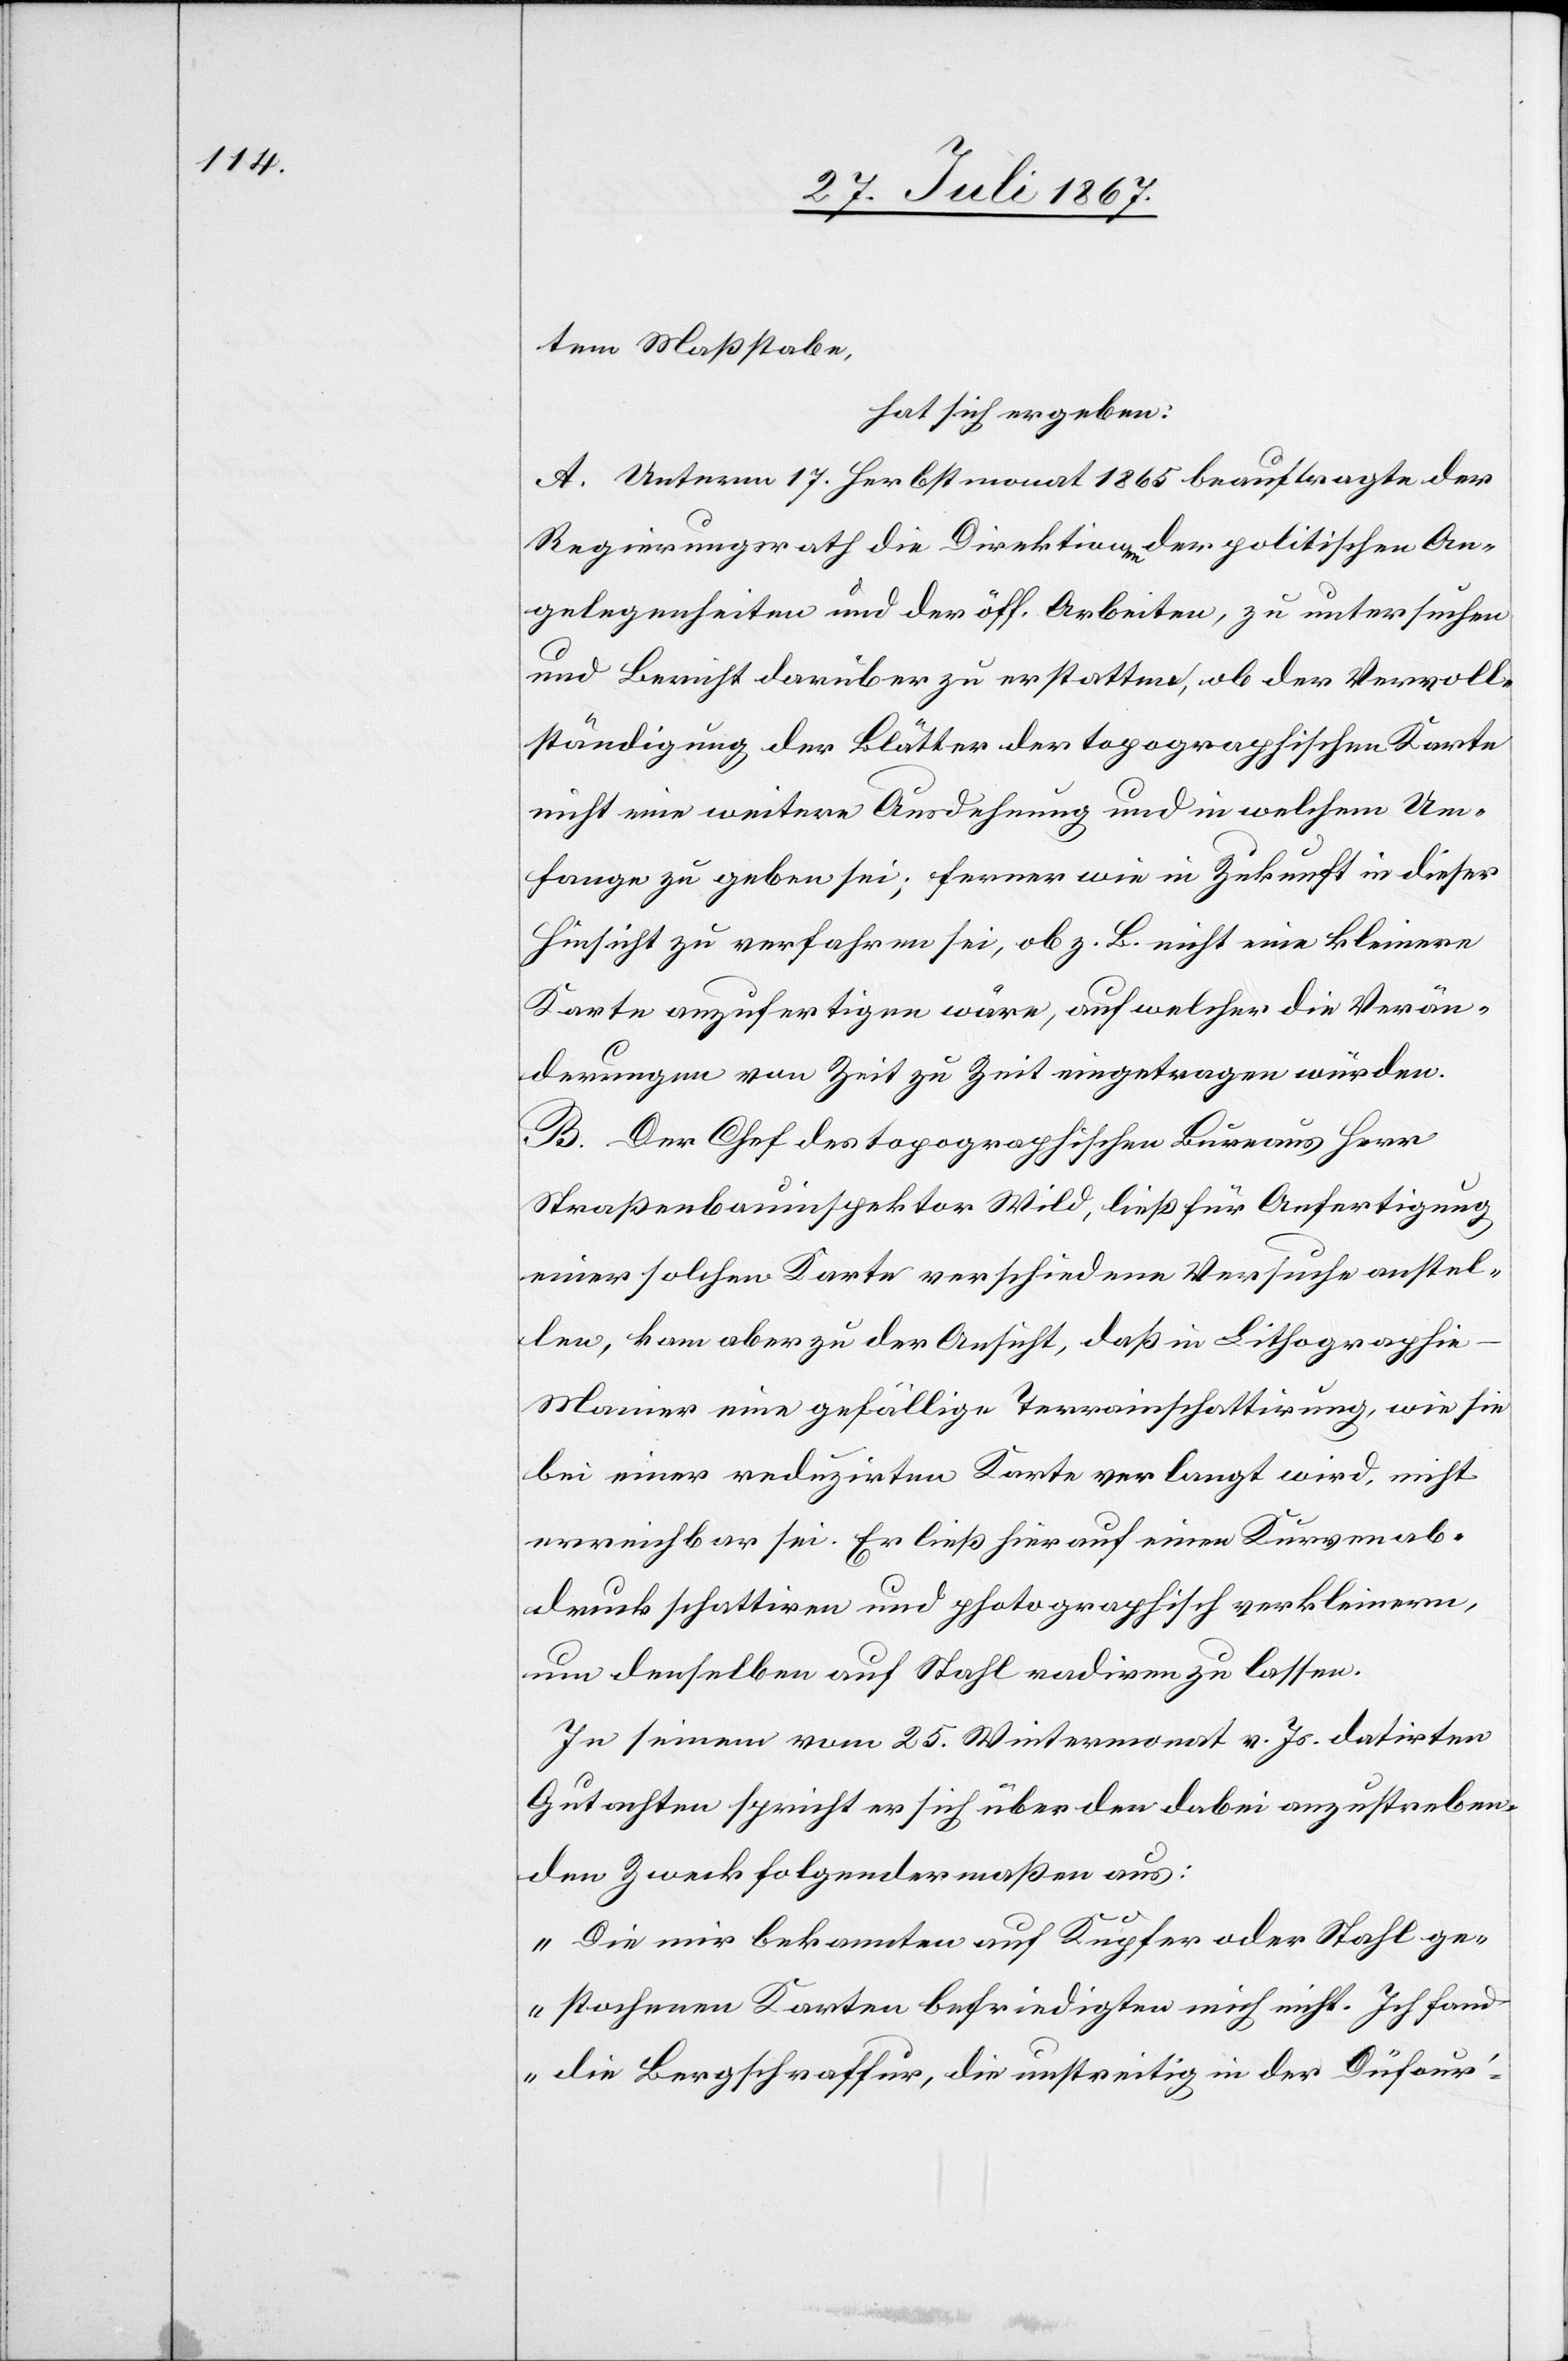
tem Maßstabe,
hat sich ergeben:
A. Unterm 17. Herbstmonat 1865 beauftragte der
Regierungsrath die Direktionen der politischen An¬
gelegenheiten und der öff. Arbeiten, zu untersuchen
und Bericht darüber zu erstatten, ob der Vervoll¬
ständigung der Blätter der topographischen Karte
nicht eine weitere Ausdehnung und in welchem Um¬
fange zu geben sei; ferner wie in Zukunft in dieser
Hinsicht zu verfahren sei, ob z. B. nicht eine kleinere
Karte anzufertigen wäre, auf welcher die Verän¬
derungen von Zeit zu Zeit eingetragen würden.
B. Der Chef des topographischen Bureaus Herr
Straßenbauinspektor Wild, ließ für Anfertigung
einer solchen Karte verschiedene Versuche anstel¬
len, kam aber zu der Ansicht, daß in Lithographie-M¬
anier eine gefällige Terrainschattierung, wie sie
bei einer reduzirten Karte verlangt wird, nicht
erreichbar sei. Er ließ hierauf einen Kurvenab¬
druck schattiren und photographisch verkleinern,
um denselben auf Stahl radiren zu lassen.
In seinem vom 25. Wintermonat v. Js. datirten
Gutachten spricht er sich über den dabei anzustreben¬
den Zweck folgendermaßen aus:
„Die mir bekannten auf Kupfer oder Stahl ge¬
stochenen Karten befriedigen mich nicht. Ich fan¬
d die Bergschraffur, die unstreitig in der Düfour-